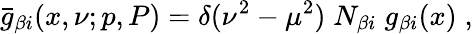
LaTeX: \bar{g}_{\beta i}(x,\nu;p,P)=\delta(\nu^{2}-\mu^{2})\; N_{\beta i}\; g_{\beta i}(x)\; ,